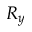
R _ { y }